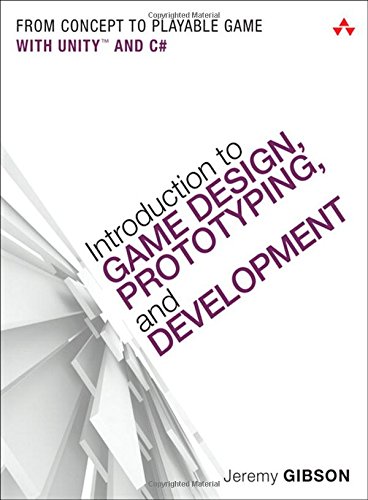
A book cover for Introduction to Game Design, Prototyping, and Development: From Concept to Playable Game with Unity and C#; Jeremy Gibson; Computers & Technology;